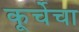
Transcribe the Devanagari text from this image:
कूर्चेचा